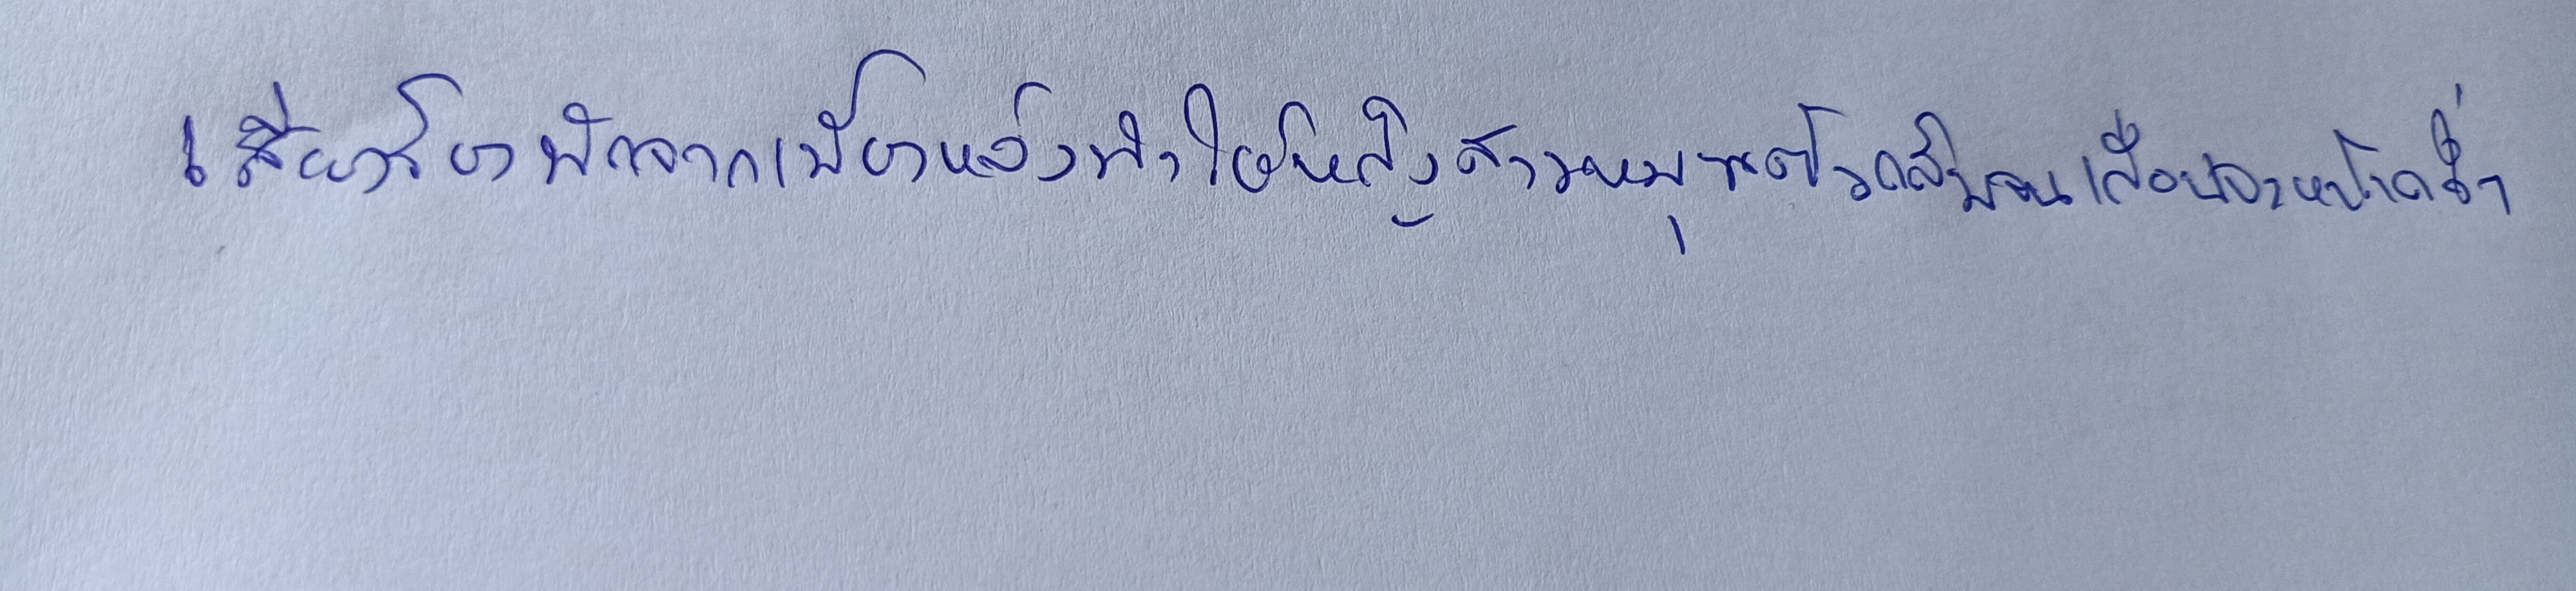
เสียงร้องทักจากเบื้องหลังทำให้หญิงสาวหมุนตัวกลับมาจนเกือบจะหน้าคว่ำ